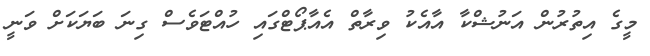
މީގެ އިތުރުން އަނުޝްކާ އާއެކު ވިރާތް އެއާޕޯޓްގައި ހުއްޓަވެސް ގިނަ ބަޔަކަށް ވަނީ